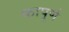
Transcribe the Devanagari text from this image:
कापूर्ण